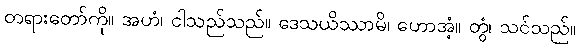
တရားတော်ကို။ အဟံ၊ ငါသည်သည်။ ဒေသယိဿာမိ၊ ဟောအံ့။ တွံ၊ သင်သည်။